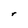
Character: r